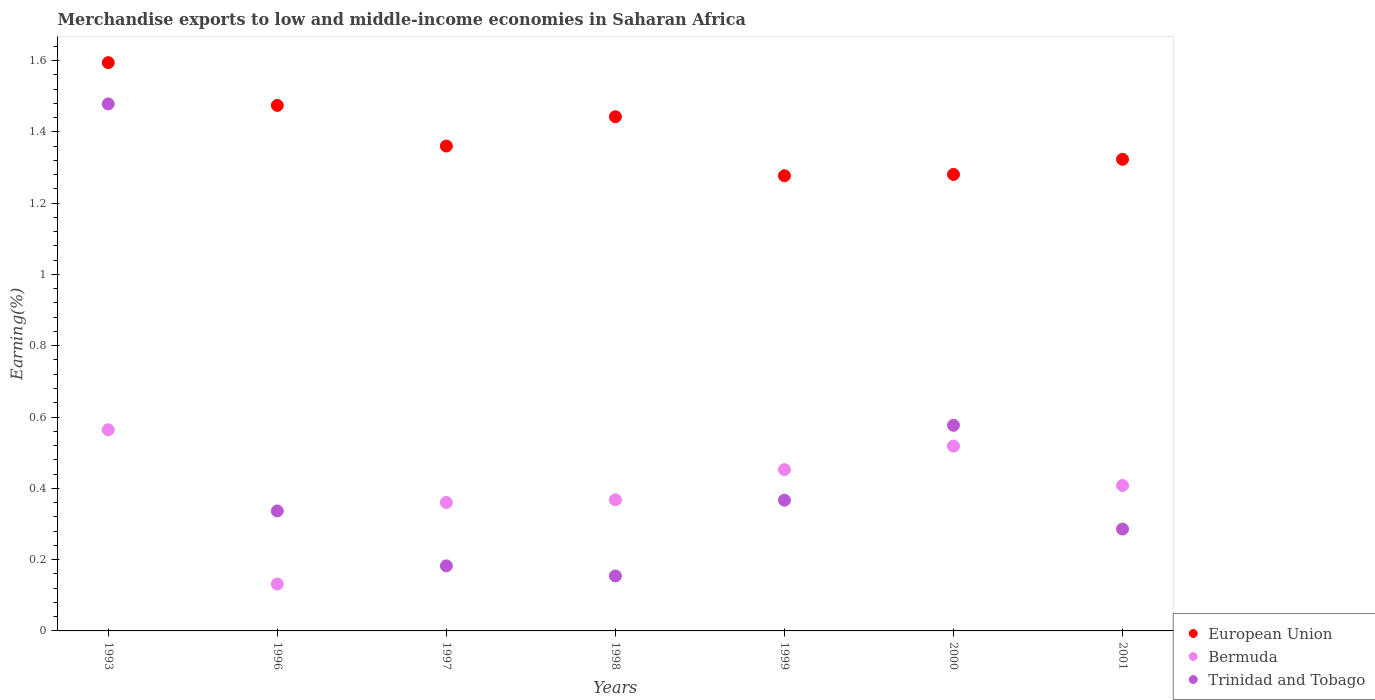
| Years | European Union | Bermuda | Trinidad and Tobago |
 | --- | --- | --- | --- |
 | 1993 | 1.59 | 0.564 | 1.48 |
 | 1996 | 1.47 | 0.132 | 0.337 |
 | 1997 | 1.36 | 0.36 | 0.182 |
 | 1998 | 1.44 | 0.368 | 0.154 |
 | 1999 | 1.28 | 0.452 | 0.367 |
 | 2000 | 1.28 | 0.519 | 0.577 |
 | 2001 | 1.32 | 0.408 | 0.286 |